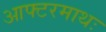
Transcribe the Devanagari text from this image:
आफ्टरमाथः